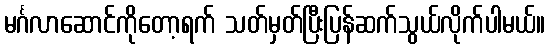
မင်္ဂလာဆောင်ကိုတော့ရက် သတ်မှတ်ပြီးပြန်ဆက်သွယ်လိုက်ပါမယ်။